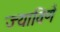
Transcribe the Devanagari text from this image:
ज्याविणें